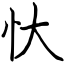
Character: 忕